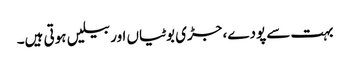
بہت سے پودے، جڑی بوٹیاں اور بیلیں ہوتی ہیں۔